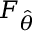
F _ { \hat { \theta } }